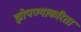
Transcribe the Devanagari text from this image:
झोपण्याकरिता